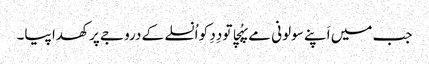
جب میں اَپنے سولونی مے پہُچا تو دِدِ کو اُنسلے کے دروجے پر کھدا پیا۔